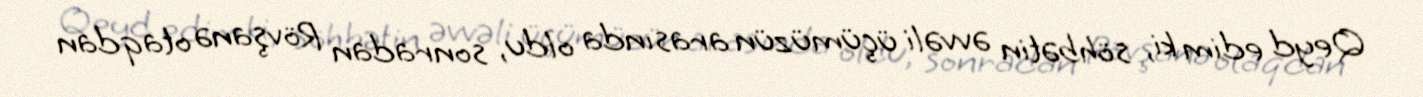
Qeyd edim ki, söhbətin əvvəli üçümüzün arasında oldu, sonradan Rövşanə otaqdan